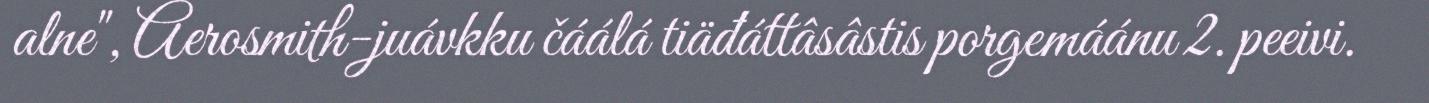
alne", Aerosmith-juávkku čáálá tiäđáttâsâstis porgemáánu 2. peeivi.